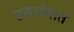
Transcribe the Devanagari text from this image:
उत्तरांगात